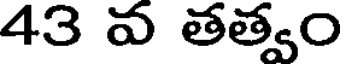
43 వ తత్వం